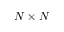
N \times N